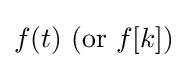
f(t){\text{ (or }}f[k])